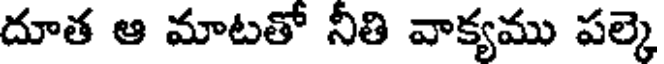
దూత ఆ మాటతో నీతి వాక్యము పల్కె